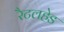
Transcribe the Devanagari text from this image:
रैटलहेड